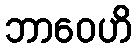
ဘာဝေဟိ